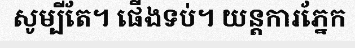
សូម្បីតែ។ ផើងទប់។ យន្តការភ្នែក